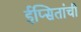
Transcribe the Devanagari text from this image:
ईप्सितांची